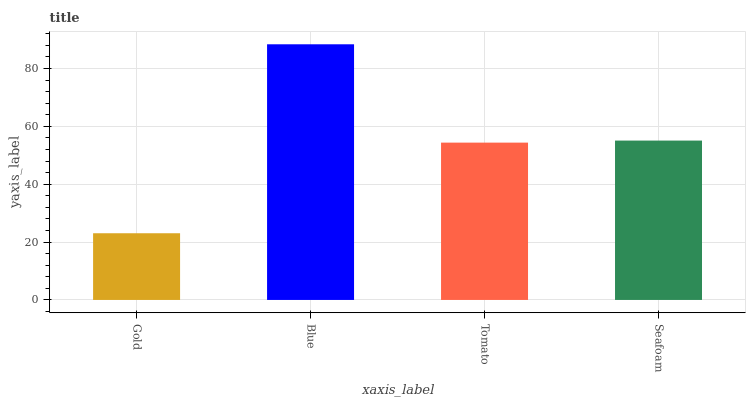
| xaxis_label | bars |
 | --- | --- |
 | Gold | 23.1 |
 | Blue | 88.4 |
 | Tomato | 54.4 |
 | Seafoam | 55.1 |